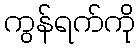
ကွန်ရက်ကို